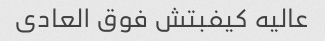
عالیه کیفبتش فوق العادی